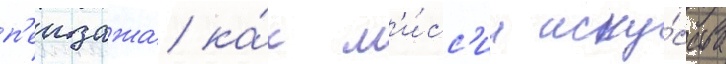
п'еизажа ка́к м'и́сс'ии иску́сства